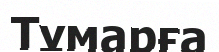
Тұмарға